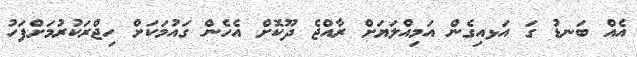
އެއް ބަނޑު ގަ އަޅއިގެން އަމިއްލަޔަށް ރާއްޖެ ދޫކޮށް އެހެން ގައުމަކަށް ހިޖްރަކުރުމަށްފަހު